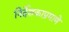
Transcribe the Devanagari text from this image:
निर्देशकाप्रमाणे